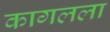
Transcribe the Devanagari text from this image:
कागलला